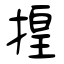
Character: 揘